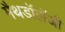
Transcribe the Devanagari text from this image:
मैथडॉलॅजी